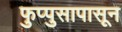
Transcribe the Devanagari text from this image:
फुप्पुसापासून